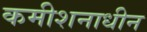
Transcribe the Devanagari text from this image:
कमीशनाधीन